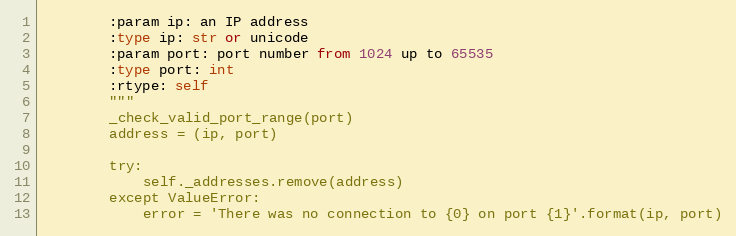
Language: Python
        :param ip: an IP address
        :type ip: str or unicode
        :param port: port number from 1024 up to 65535
        :type port: int
        :rtype: self
        """
        _check_valid_port_range(port)
        address = (ip, port)

        try:
            self._addresses.remove(address)
        except ValueError:
            error = 'There was no connection to {0} on port {1}'.format(ip, port)